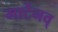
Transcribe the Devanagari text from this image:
मार्टेनव्